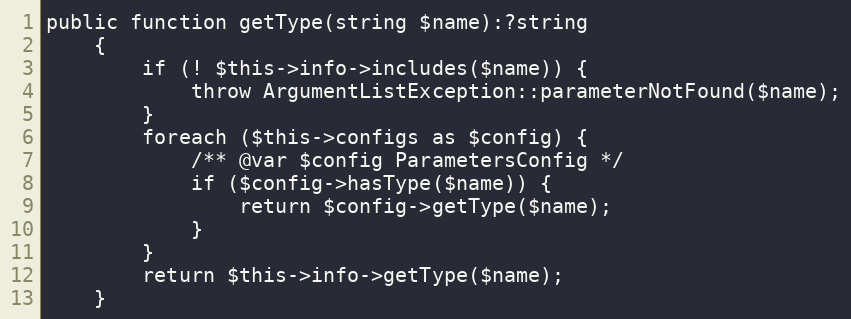
Language: PHP
public function getType(string $name):?string
    {
        if (! $this->info->includes($name)) {
            throw ArgumentListException::parameterNotFound($name);
        }
        foreach ($this->configs as $config) {
            /** @var $config ParametersConfig */
            if ($config->hasType($name)) {
                return $config->getType($name);
            }
        }
        return $this->info->getType($name);
    }